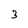
Character: 3